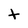
Character: t